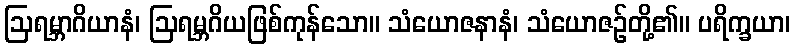
ဩရမ္ဘာဂိယာနံ၊ ဩရမ္ဘဂိယဖြစ်ကုန်သော။ သံယောဇနာနံ၊ သံယောဇဉ်တို့၏။ ပရိက္ခယာ၊